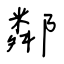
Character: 鄰